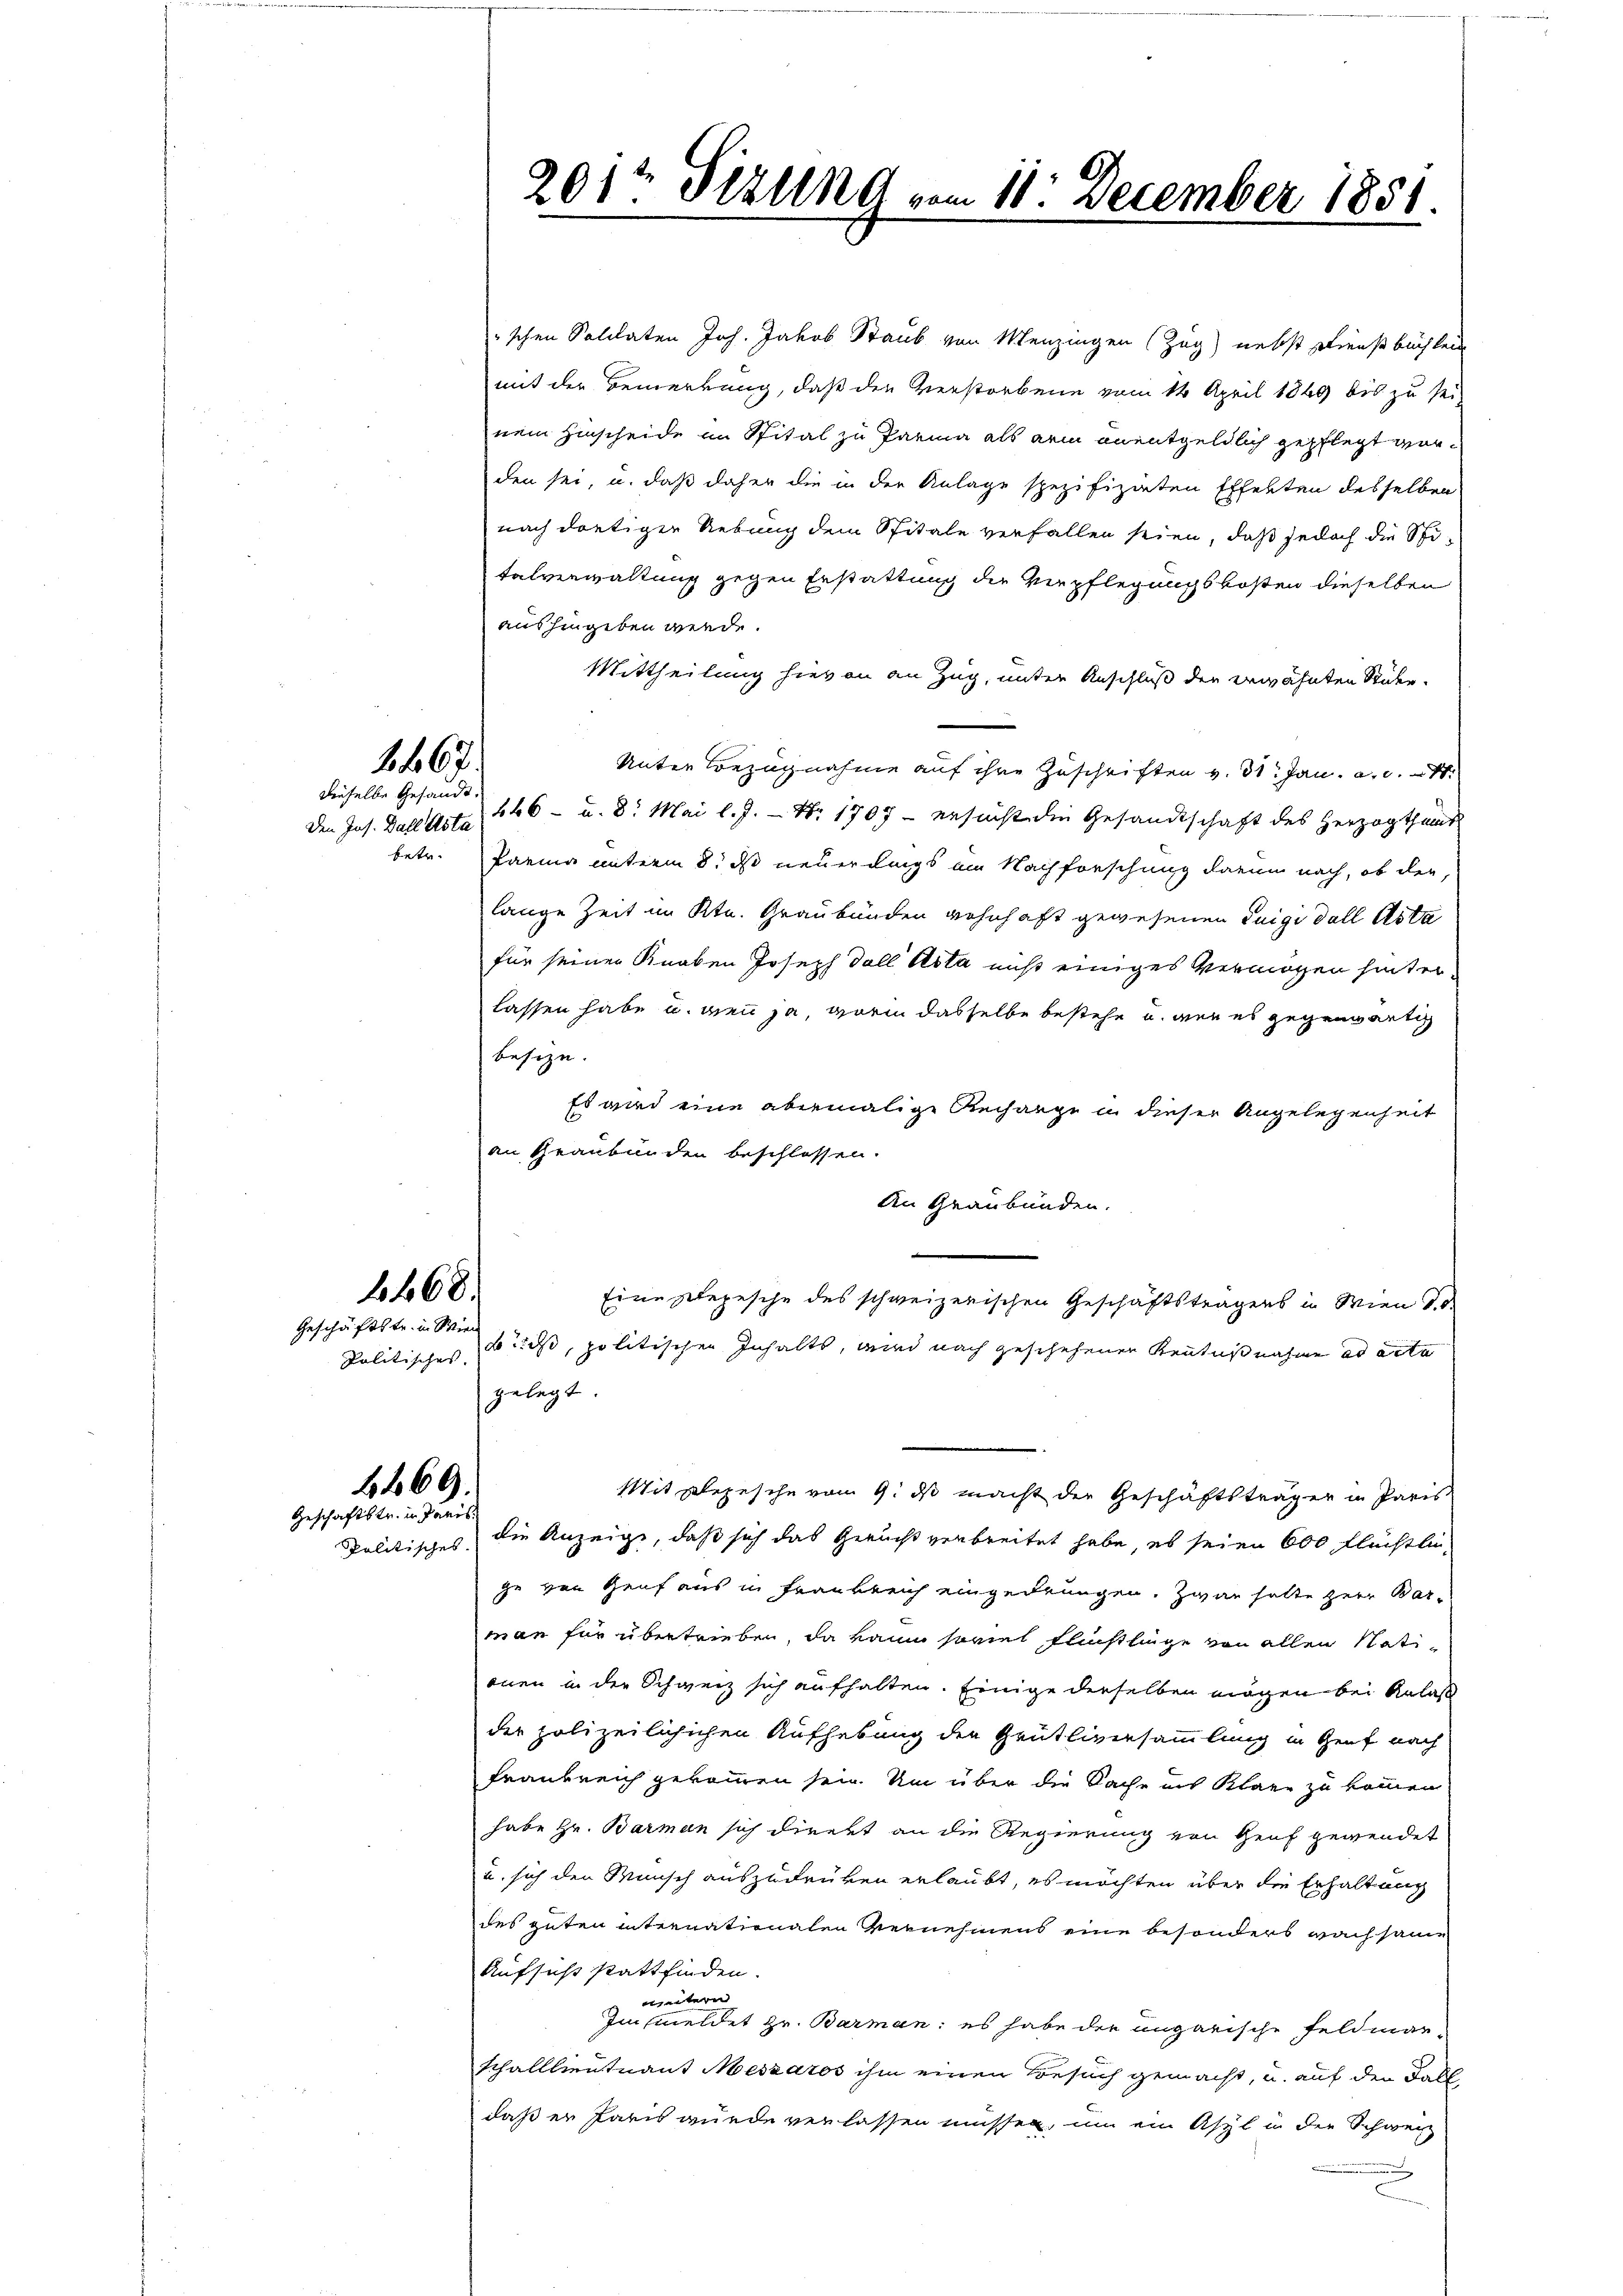
betr.

2 f. 67.
dieselbe Gesandt.
den Ins. Darl Asta

1468.
Geschäftstr. in Wie

Politisches. |

1469.
Geschäftstr. in Paris

201t Sizund vom 11. December 1851

schen Solidaten Joh. Jakob Staub von Menzingen (Zug) nebst Dienstbüchlein
mit der Bemerkung, daß den Verstorbene vom 14. April 1869 bis zu sei-
nem Hinscheide in Spital zu Paria als arm unentgeldlich gepflegt worden sei, u. daß daher die in der Anlage spezifizirten Effekten desselben
nach dortiger Uebung dem Spitale verfallen seien, daß jedoch die Stitalverwaltung gegen Erstattung der Verpflegungskosten dieselben
aushingeben werde.
Mittheilung hievon an Zug, unter Anschluß der erwähnten Stücke.
Unter Bezugnahme auf ihre Zuschriften v. 31. Jan. a. c.
646 - u. 8. Mai l.J. – Nr. 1707 - ersucht die Gesandtschaft des Herzogthums
Parina unterm 8. ds neuerdings im Nachforschung darum nach, ob der
lange Zeit im Ktn. Graubünden wohnhaft gewesenen Luigi dell Asta
für seiner Knaben Joseph Fall Acta nicht einiges Vermögen hinterlassen habe u. wenn ja, worin dasselbe bestehe u. wie es gegenwärtig
besize.
Es wird eine abermalige Recharge in dieser Angelegenheit
an Graubünden beschlossen.
An Graubünden.
Eine plepesche des schweizerischen Geschäftsträgers in Wien 10.
fids, politischen Inhalts, wird nach geschehenen Kenntnißnahme ad acte
gelegt.
Mit Depesche vom 9. ds macht der Geschäftsträger in Paris
Politisches die Anzeige, daß sich das Gericht verbreitet habe, es seien 600 flüchtlich
ge von Genf aus in Frankreich eingedrungen. Zwar halte zur Bar-
man für übertrieben, da kaum soviel Flüchtlinge von allen Nationen in der Schweiz sich aufhalten. Einige derselben mögen bei Anlaß
der polizeilichischen Aufhebung der Grütliversammlung in Genf nach
Frankreich gekommen sein. Um über die Sache ins Klare zu kommen
habe Hr. Barman sich direkt an die Regierung von Genf gewendet
u. sich den Wunsch auszudrüken erlaubt, es möchten über die Erhaltung
des guten internationalen Vernehmens eine besonders nach same
Aufsicht stattfinden.
nheitern
Im meldet Hr. Barman: es habe der angarische Feldman
Schalllieutnant Meszáros ihm einen Besuch gemacht, u. auf den Fall
daß er Paris wurde verlassen müssen, um ein Asyl in die Schweiz